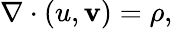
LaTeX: \nabla\cdot(u,\mathbf{v})=\rho,